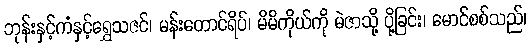
ဘုန်းနှင့်ကံနှင့်ရွှေသဇင်၊ မန်းတောင်ရိပ်၊ မိမိကိုယ်ကို မဲဇာသို့ ပို့ခြင်း၊ မောင်စစ်သည်၊